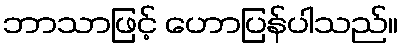
ဘာသာဖြင့် ဟောပြန်ပါသည်။